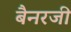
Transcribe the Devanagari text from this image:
बैनरजी